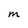
Character: M